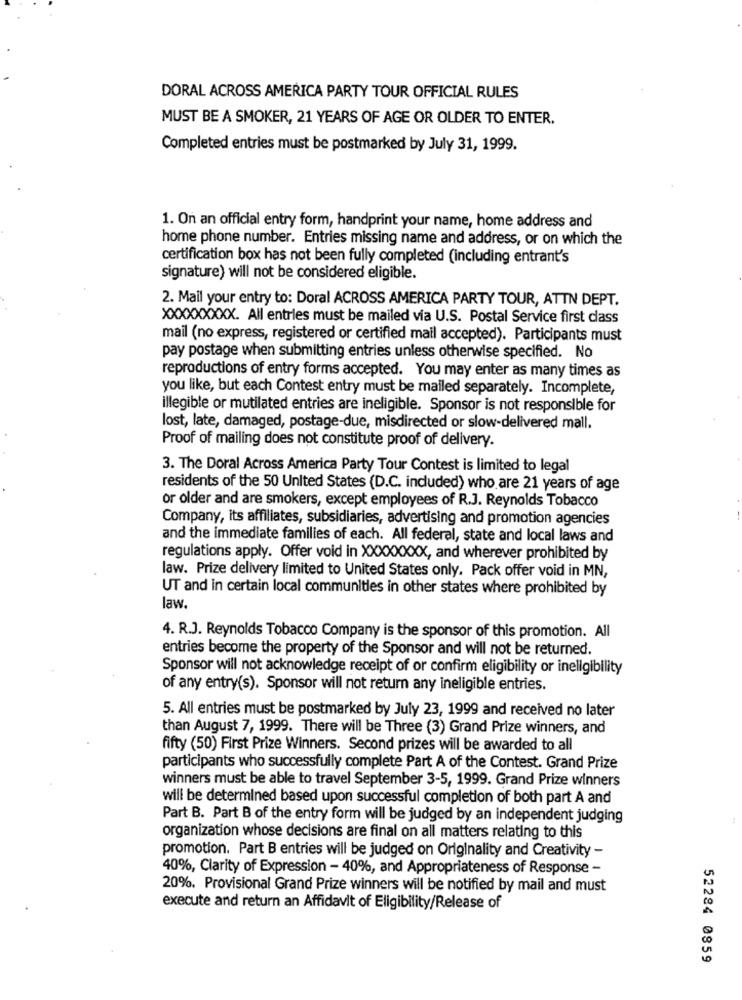
DORAL ACROSS AMERICA PARTY TOUR OFFICIAL RULES
MUST BE A SMOKER, 21 YEARS OF AGE OR OLDER TO ENTER.
Completed entries must be postmarked by July 31, 1999.
1. On an official entry form, handprint your name, home address and
home phone number. Entries missing name and address, or on which the
certification box has not been fully completed (including entrant's
signature) will not be considered eligible.
2. Mail your entry to: Doral ACROSS AMERICA PARTY TOUR, ATTN DEPT.
XXXXXXXXX. All entries must be mailed via U.S. Postal Service first dass
mail (no express, registered or certified mail accepted). Participants must
pay postage when submitting entries unless otherwise specified. No
reproductions of entry forms accepted. You may enter as many times as
you like, but each Contest entry must be mailed separately. Incomplete,
illegible or mutilated entries are ineligible. Sponsor is not responsible for
lost, late, damaged, postage-due, misdirected or slow-delivered mall.
Proof of mailing does not constitute proof of delivery.
3. The Doral Across America Party Tour Contest is limited to legal
residents of the 50 United States (D.C. included) who are 21 years of age
or older and are smokers, except employees of R.J. Reynolds Tobacco
Company, its affiliates, subsidiaries, advertising and promotion agencies
and the immediate families of each. All federal, state and local laws and
regulations apply. Offer void in XXXXXXXX, and wherever prohibited by
law. Prize delivery limited to United States only. Pack offer void in MN,
UT and in certain local communities in other states where prohibited by
law,
4. R.J. Reynolds Tobacco Company is the sponsor of this promotion. All
entries become the property of the Sponsor and will not be returned.
Sponsor will not acknowledge receipt of or confirm eligibility or ineligibility
of any entry(s). Sponsor will not return any ineligible entries.
5. All entries must be postmarked by July 23, 1999 and received no later
than August 7, 1999. There will be Three (3) Grand Prize winners, and
fifty (50) First Prize Winners. Second prizes will be awarded to all
participants who successfully complete Part A of the Contest. Grand Prize
winners must be able to travel September 3-5, 1999. Grand Prize winners
will be determined based upon successful completion of both part A and
Part B. Part B of the entry form will be judged by an independent judging
organization whose decisions are final on all matters relating to this
promotion. Part B entries will be judged on Originality and Creativity -
40%, Clarity of Expression - 40%, and Appropriateness of Response -
20%. Provisional Grand Prize winners will be notified by mail and must
execute and return an Affidavit of Eligibility/Release of
52284 0859